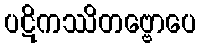
ပဋိကဿိတဗ္ဗောပေ